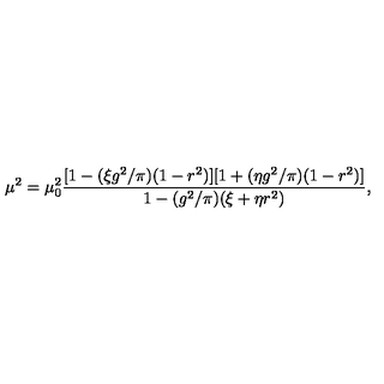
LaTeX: \mu ^ { 2 } = \mu _ { 0 } ^ { 2 } { \frac { [ 1 - ( \xi g ^ { 2 } / \pi ) ( 1 - r ^ { 2 } ) ] [ 1 + ( \eta g ^ { 2 } / \pi ) ( 1 - r ^ { 2 } ) ] } { 1 - ( g ^ { 2 } / \pi ) ( \xi + \eta r ^ { 2 } ) } } ,